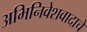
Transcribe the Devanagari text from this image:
अभिनिवेशवादाचे